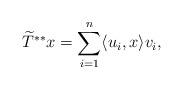
LaTeX: \begin{align*}\widetilde{T}^{**}x=\sum_{i=1}^n \langle u_i,x\rangle v_i,\end{align*}